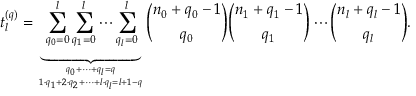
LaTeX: t _ { l } ^ { ( q ) } = \underbrace { \sum _ { q _ { 0 } = 0 } ^ { l } \sum _ { q _ { 1 } = 0 } ^ { l } \cdots \sum _ { q _ { l } = 0 } ^ { l } } _ { q _ { 0 } + \dots + q _ { l } = q \atop 1 \cdot q _ { 1 } + 2 \cdot q _ { 2 } + \dots + l \cdot q _ { l } = l + 1 - q } { \binom { n _ { 0 } + q _ { 0 } - 1 } { q _ { 0 } } } { \binom { n _ { 1 } + q _ { 1 } - 1 } { q _ { 1 } } } \cdots { \binom { n _ { l } + q _ { l } - 1 } { q _ { l } } } .